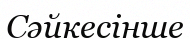
Сәйкесінше